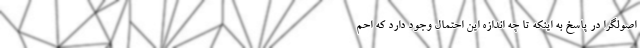
اصولگرا در پاسخ به اینکه تا چه اندازه این احتمال وجود دارد که احم